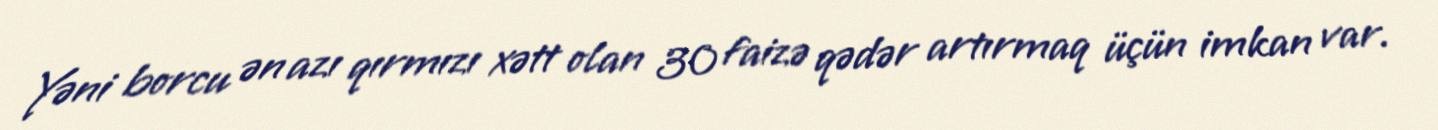
Yəni borcu ən azı qırmızı xətt olan 30 faizə qədər artırmaq üçün imkan var.